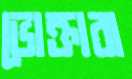
ভোক্তারা